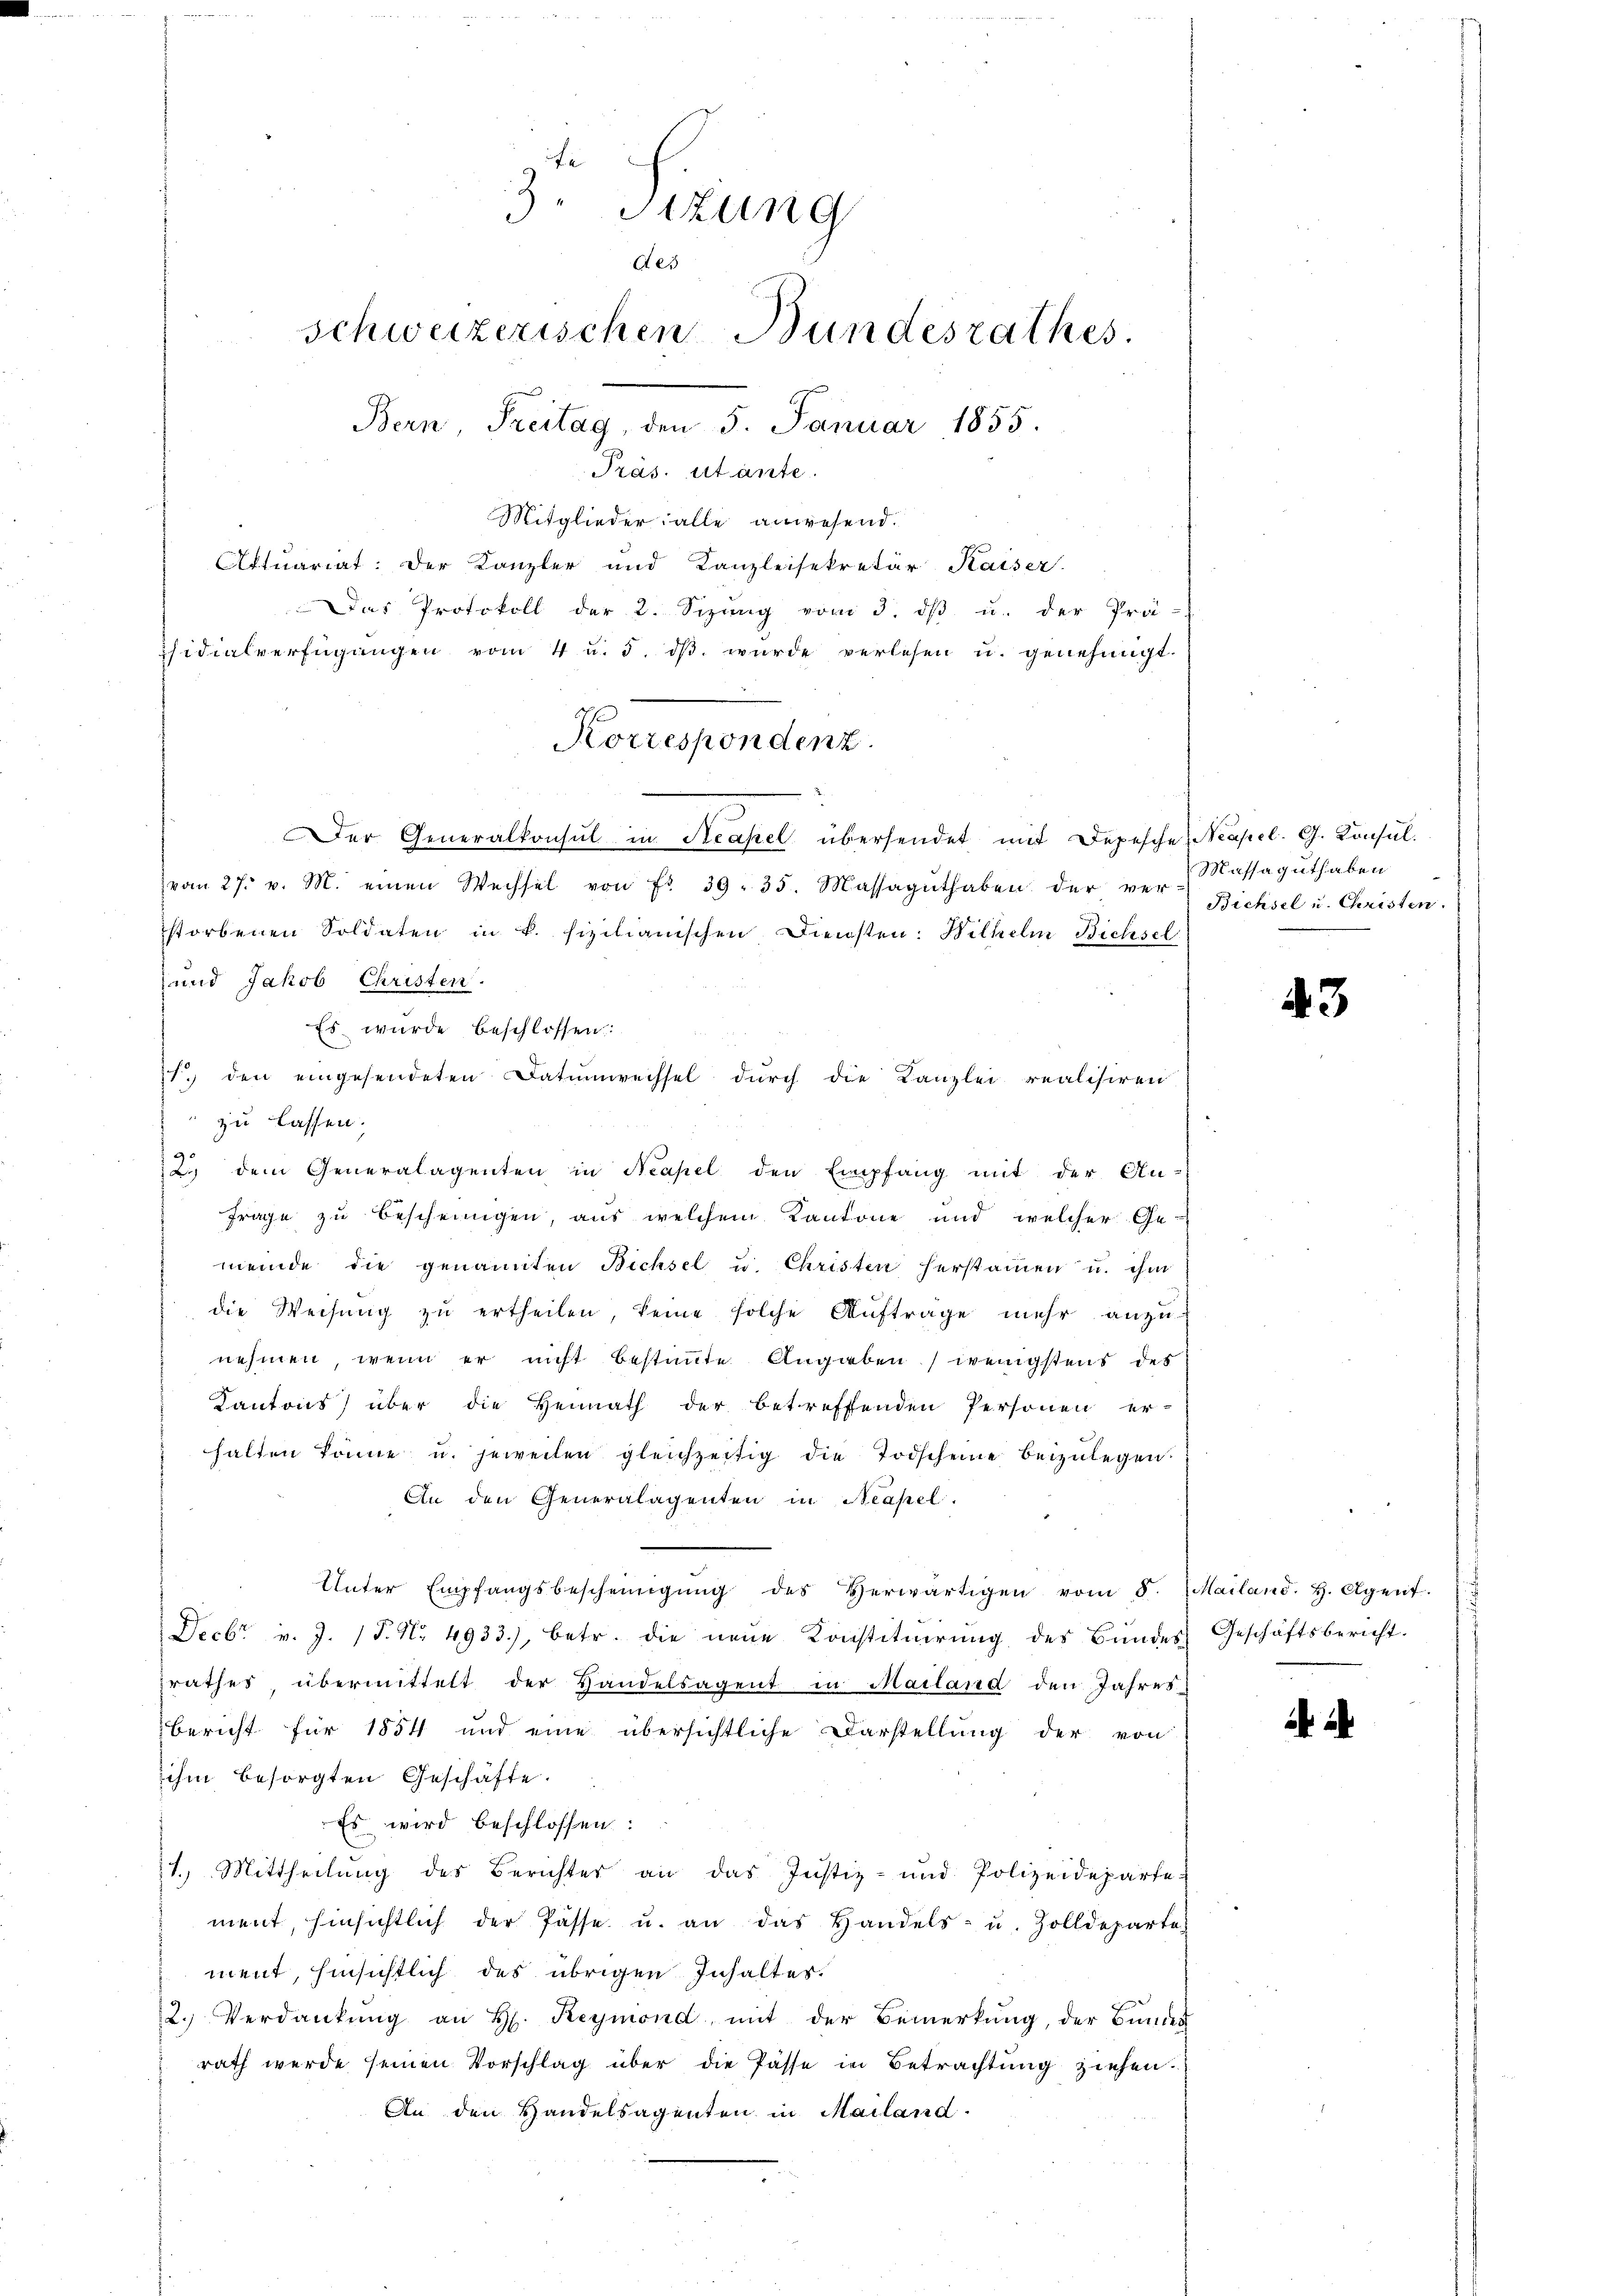
Actuariat: Der Kanzler und Kanzleisekretär Kaiser.
Das Protokoll der 2. Sizŭng vom 3. dβ u. der Prä-
sidialverfügungen vom 4 u. 5. dβ. wurde verlesen u. genehmigt.

3. Sizung
des
schweizerischen Bundesrathes.
Bern, Freitag, den 5. Januar 1855.
Präs. stante.
Mitglieder alle anwesend.

Korrespondenz.
Der Generalkonsul in Neapel übersendet mit Depesche Neapel. G. Konsul¬

vom 27. v. M. einen Wechsel von Fr. 39. 35. Massagŭthaben der ver-
storbenen Soldaten in k. sizilianischen Diensten: Wilhelm Bichsel
und Jakob Christen.
Es wurde beschlossen:
zu lassen.
12. dem Generalagenten in Neapel den Empfang mit der An-
Frage zu bescheinigen, aus welchem Kantone und welcher Ge-
meinde die genannten Bichsel u. Christen herstamen u. ihm
die Weisŭng zŭ ertheilen, keine solche Auftrage mehr anzu-
nehmen, wenn er nicht bestammte Angaben) wenigstens des
Kantons über die Heimath der betreffenden Personen er-
halten könne u. jeweilen gleichzeitig die Todscheine beizulegen
An den Generalagenten in Neapel.
Unter Empfangsbescheinigŭng des Verwärtigen vom 8. Mailand. H. Agent.
Decbr v. J. P. Nr. 4933), betr. die neŭe Konstitŭierŭng des Bundes Geschäftsbericht.
srathes, übermittelt der Handelsagent in Mailand den Jahres-
Bericht für 1854 und eine übersichtliche Darstellung der von
ihm besorgten Geschäfte.
Es wird beschlossen:
21. Mittheilung des Berichter an das Justiz- und Polizeideparte
ment, hinsichtlich der Pässe u. an das Handels- u. Zolldeparte
ment, hinsichtlich des übrigen Inhaltes.
2. Verdankŭng an H. Reymond mit der Bemerkung, der Bundes
rath werde seinen Vorschlag über die Pässe in Betrachtung ziehen.
An den Handelsagenten in Mailand.

I. den eingesendeten Datumrechsel durch die Kanzlei realisiren

Massaguthaben
Bichsel u. Christen.

43

.